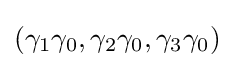
{\textstyle (\gamma _{1}\gamma _{0},\gamma _{2}\gamma _{0},\gamma _{3}\gamma _{0})}